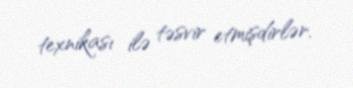
texnikası ilə təsvir etmişdirlər.